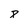
Character: 8